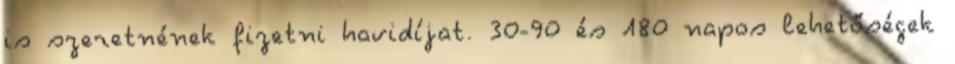
is szeretnének fizetni havidíjat. 30-90 és 180 napos lehetőségek